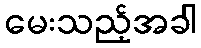
မေးသည့်အခါ